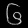
Digit: ၆